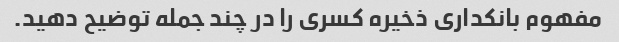
مفهوم بانکداری ذخیره کسری را در چند جمله توضیح دهید.